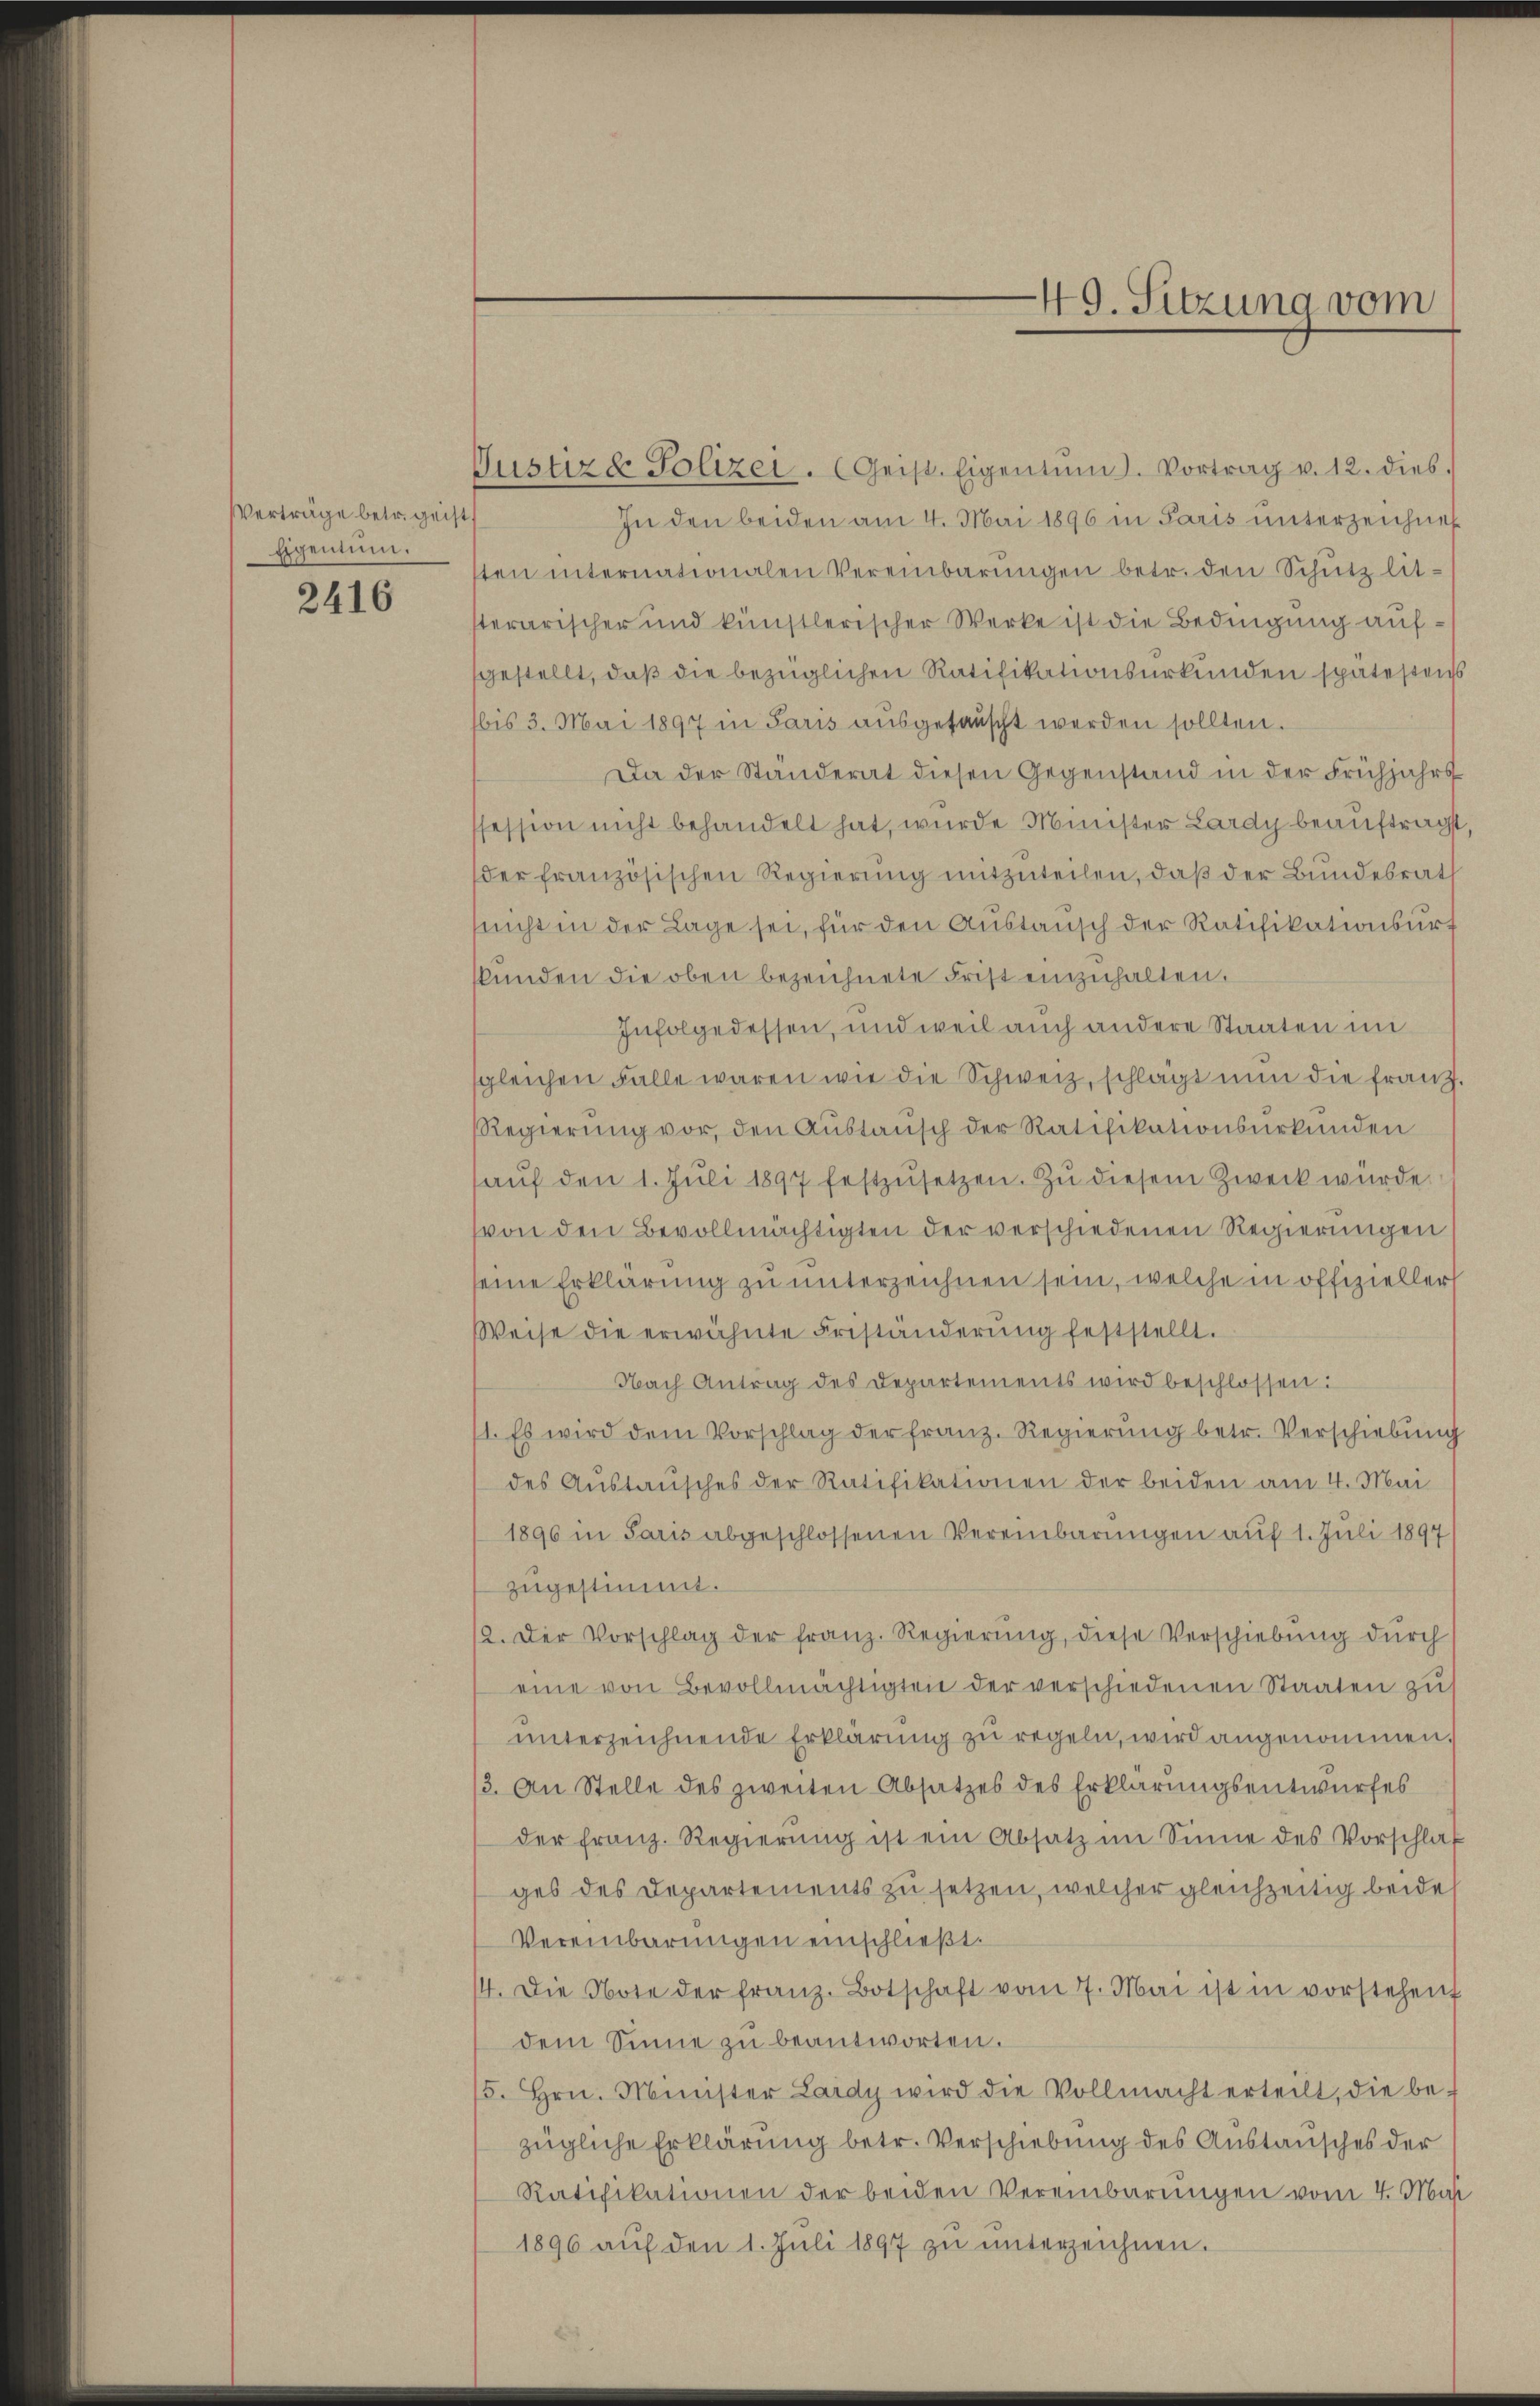
VVerträge betr. geist
Eigentum.

2416

Justiz & Polizei. (Geist. Eigentum. Vortrag v. 12. dies.
In den beiden am 4. Mai 1896 in Paris unterzeichnet
sten internationalen Vereinbarŭngen betr. den Schützlitterarischer und künstlerischer Werke ist die Bedingung aufsgestellt, daß die bezüglichen Ratifikationsurkunden spätestens
bis 3. Mai 1897 in Paris ausgefauscht werden sollten.
Da der Standerat diesen Gegenstand in der Frühjahrs
fession nicht behandelt hat, wurde Minister Lardy beauftragt,
der französischen Regierung mitzuteilen, daß der Bundesrath
snicht in der Lage sei, für den Austausch der Ratifikationsurf
kŭnden die oben bezeichnete Frist einzuhalten.
Infolgedessen, und weil auch andere Staaten im
sgleichen Falle waren wie die Schweiz, schlägt nun die franz.
Regierŭng vor, den Aŭstansch der Ratifikationsurkunden
aŭf den 1. Jŭli 1897 festzŭsetzen. Zŭ diesem Zweck würde.
von den Bevollmächtigten der verschiedenen Regierungen
seine Erklärung zu unterzeichnen sein, welche in offizieller
Weise die erwähnte Friständerŭng feststellt.
Nach Antrag des Departements wird beschlossen:
1. Es wird dem Vorschlag der franz. Regierung betr. Verschiebung
des Austausches der Ratifikationen der beiden am 4. Mai
1896 in Paris abgeschlossenen Vereinbarungen auf 1. Juli 1897
zugestimmt.
2. Der Vorschlag der franz. Regierŭng, diese Verschiebung dŭrch
eine von Bevollmächtigten der verschiedenen Staaten zu
unterzeichnende Erklärŭng zu regeln, wird angenommen.
3. An Stelle des zweiten Absatzes des Erklärungsentwurfes
der franz. Regierŭng ist ein Absatz im Sinne des Vorschlaf
ges des Departements zu setzen, welcher gleichzeitig beide
Vereinbarungen einschließt:
14. Die Note der franz. Botschaft vom 7. Mai ist in vorstehen
dem Sinne zŭ beantworten.
5. Hrn. Minister Lardy wird die Vollmacht erteilt, die be-
zügliche Erklärung betr. Verschiebung des Austausches der
Ratifikationen der beiden Vereinbarungen vom 4. Mar
1896 aŭf den 1. Juli 1897 zŭ ŭnterzeichnen.

49. Sitzung vom